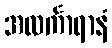
အလင်္ကာရာနံ